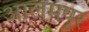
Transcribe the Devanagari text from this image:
आलमपूर